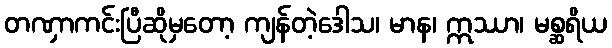
တဏှာကင်းပြီဆိုမှတော့ ကျန်တဲ့ဒေါသ၊ မာန၊ ဣဿာ၊ မစ္ဆရိယ